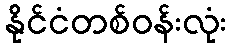
နိုင်ငံတစ်ဝန်းလုံး